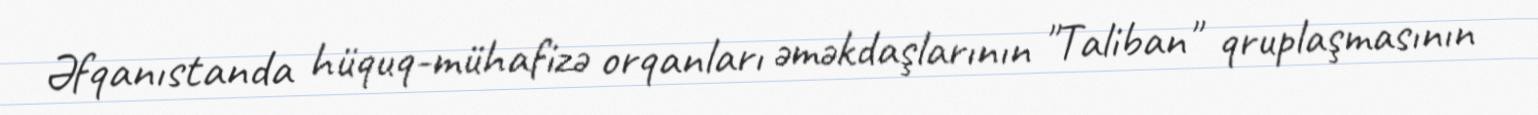
Əfqanıstanda hüquq-mühafizə orqanları əməkdaşlarının "Taliban" qruplaşmasının